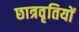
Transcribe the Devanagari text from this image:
छात्रवृतियों